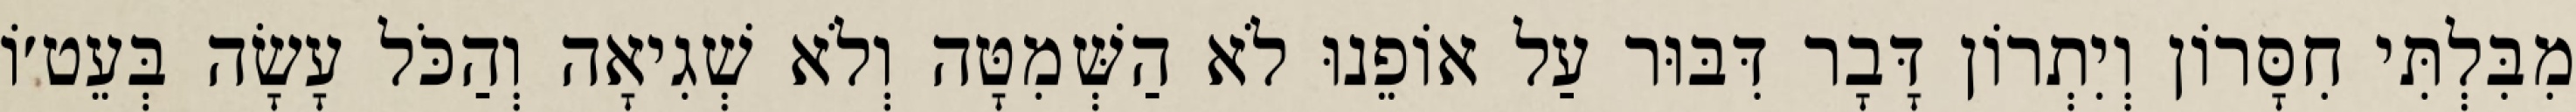
מִבִּלְתִּי חִסָּרוֹן וְיִתְרוֹן דָּבָר דִּבּוּר עַל אוֹפֵנוּ לֹא הַשְּׁמִטָּה וְלֹא שְׁגִיאָה וְהַכֹּל עָשָׂה בְּעֵט׳וֹ